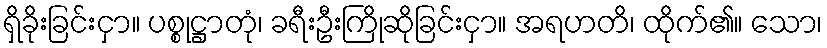
ရှိခိုးခြင်းငှာ။ ပစ္စုဋ္ဌာတုံ၊ ခရီးဦးကြိုဆိုခြင်းငှာ။ အရဟတိ၊ ထိုက်၏။ သော၊